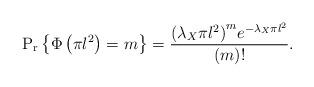
LaTeX: \begin{align*}{\rm{P_r}}\left\{ {\Phi \left( {\pi {l^2}} \right) = {m}} \right\} = \frac{{{{\left( {{\lambda_X}\pi {l^2}} \right)}^{{m}}}{e^{ - {\lambda_X}\pi {l^2}}}}}{{\left( {{m}} \right)!}}.\end{align*}